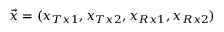
\vec { x } = ( x _ { T x 1 } , x _ { T x 2 } , x _ { R x 1 } , x _ { R x 2 } )